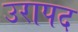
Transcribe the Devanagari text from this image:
उरापद